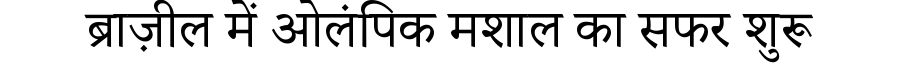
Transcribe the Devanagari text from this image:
ब्राज़ील में ओलंपिक मशाल का सफर शुरू